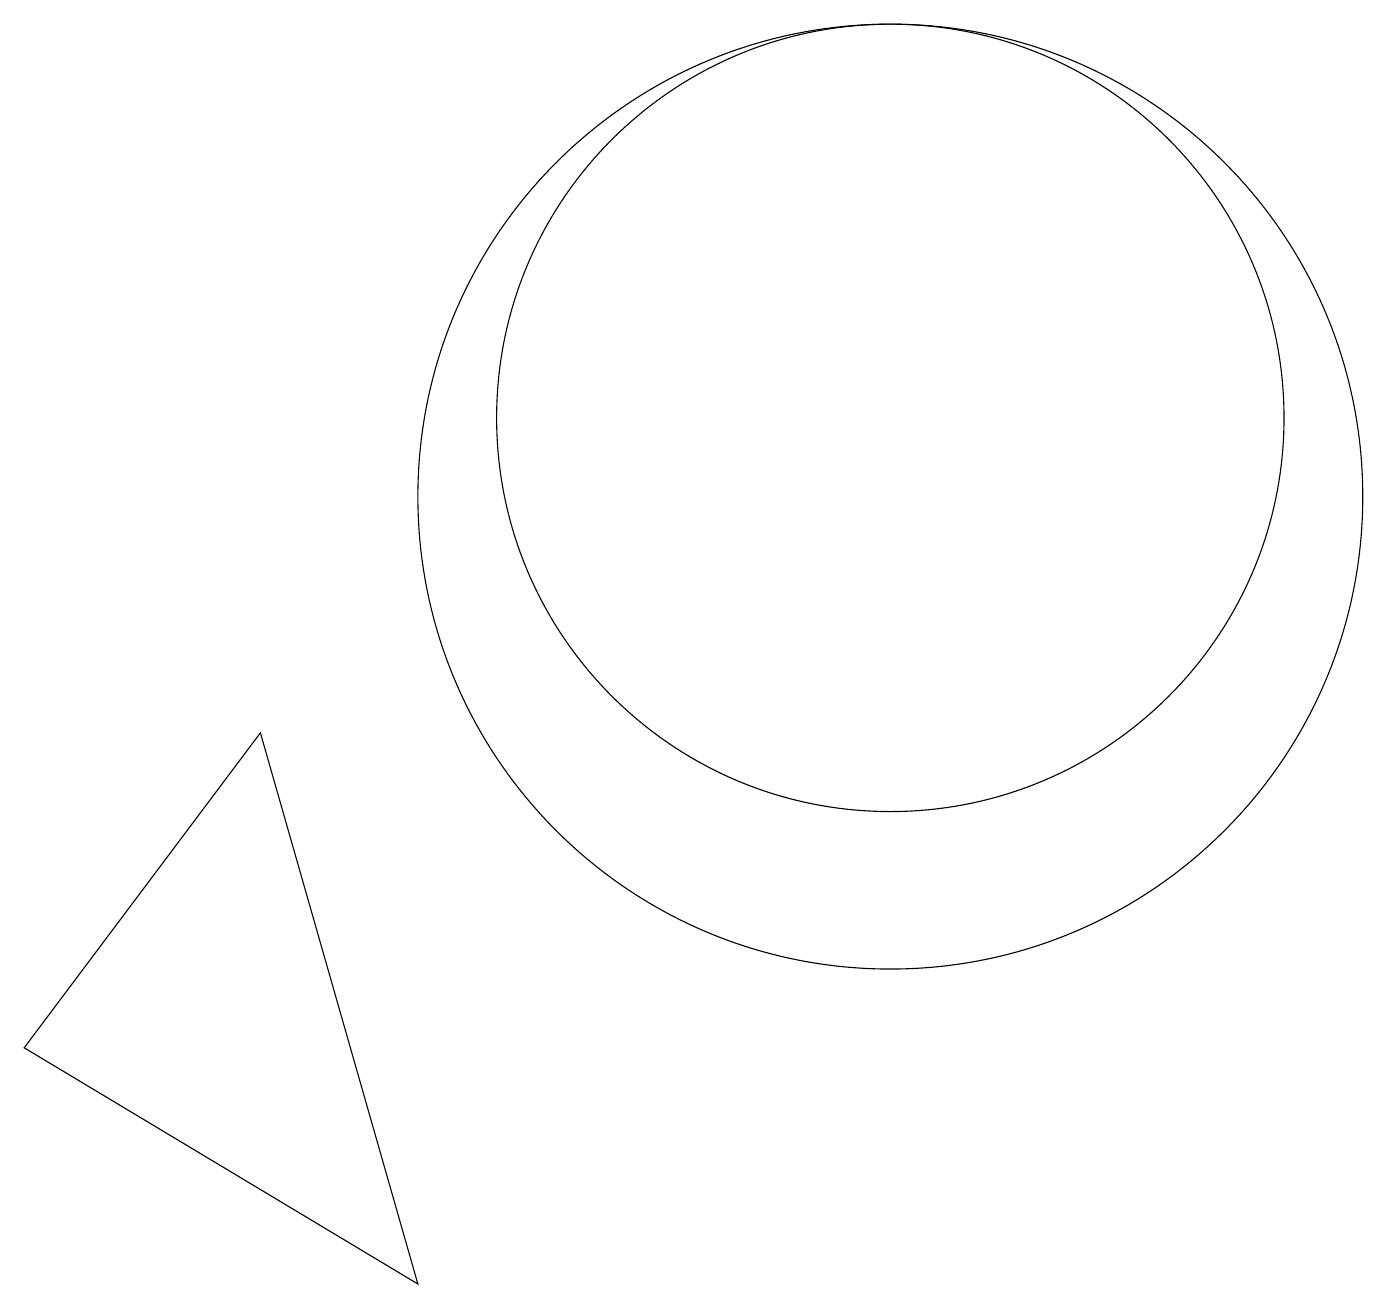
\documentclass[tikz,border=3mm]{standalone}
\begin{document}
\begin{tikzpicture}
\draw (11,11) circle (5);
\draw (0,3) -- (5,0) -- (3,7) -- cycle;
\draw (11,10) circle (6);
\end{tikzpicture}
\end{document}